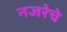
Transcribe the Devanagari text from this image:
नजरेचे